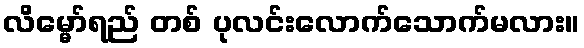
လိမ္မော်ရည် တစ် ပုလင်းလောက်သောက်မလား။